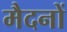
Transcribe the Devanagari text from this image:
मैदनों